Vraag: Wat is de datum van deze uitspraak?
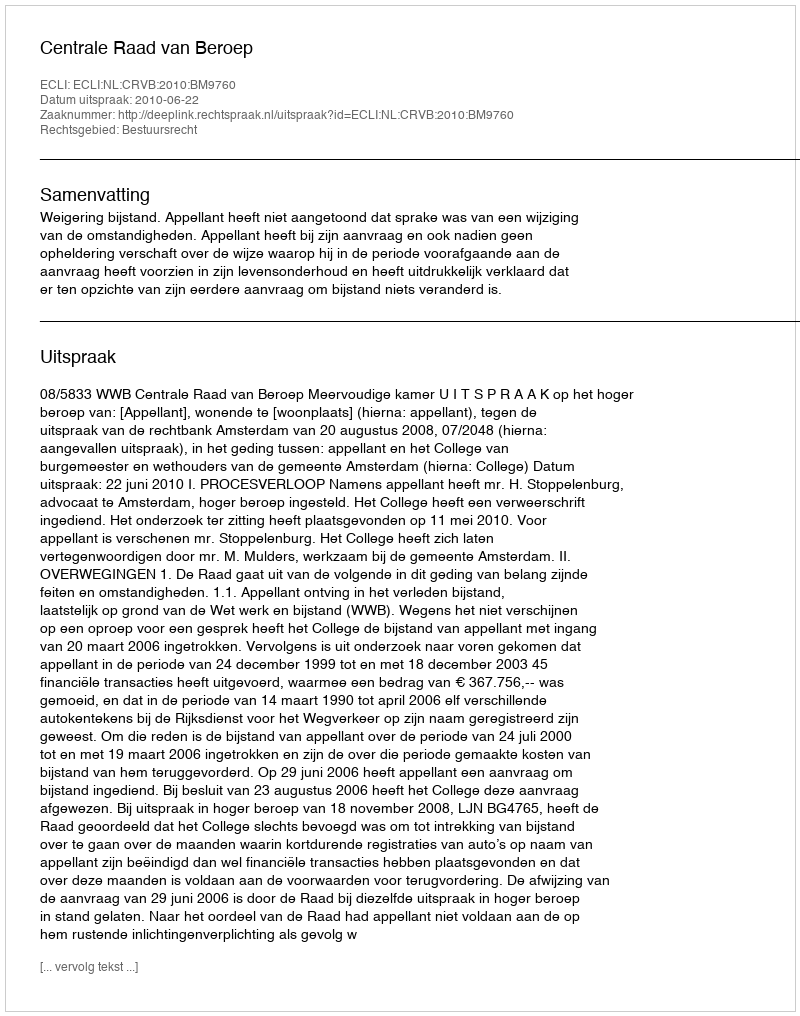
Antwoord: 2010-06-22